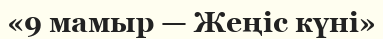
«9 мамыр — Жеңіс күні»